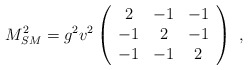
\begin{align*} M_{SM}^2 =g^2 v^2 \left(\begin{array}{ccc} 2 & -1 & -1 \\ -1 & 2 & -1 \\ -1 & -1 & 2 \\ \end{array} \right)~,~\,\end{align*}